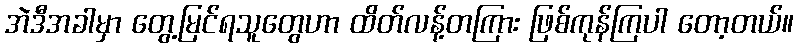
အဲဒီအခါမှာ တွေ့မြင်ရသူတွေဟာ ထိတ်လန့်တကြား ဖြစ်ကုန်ကြပါ တော့တယ်။